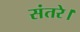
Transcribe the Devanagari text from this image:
संतरे।